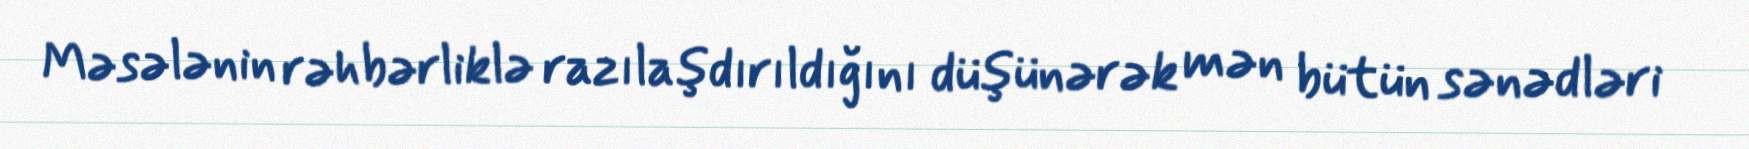
Məsələnin rəhbərliklə razılaşdırıldığını düşünərək mən bütün sənədləri